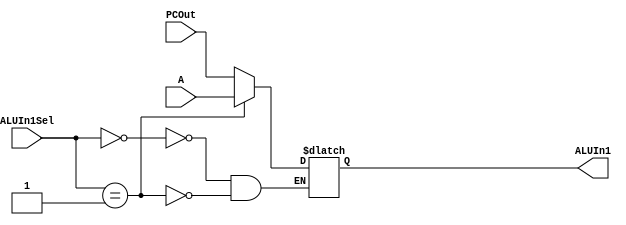
module mux4(ALUIn1Sel,A,PCOut,ALUIn1);
input [31:0] A,PCOut;
input [1:0] ALUIn1Sel;
output reg [31:0] ALUIn1;
always @(*)
begin
case(ALUIn1Sel)
0: ALUIn1 = PCOut;
1: ALUIn1 = A;
endcase 
end
endmodule